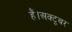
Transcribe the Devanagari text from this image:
हैं।अक्टूबर